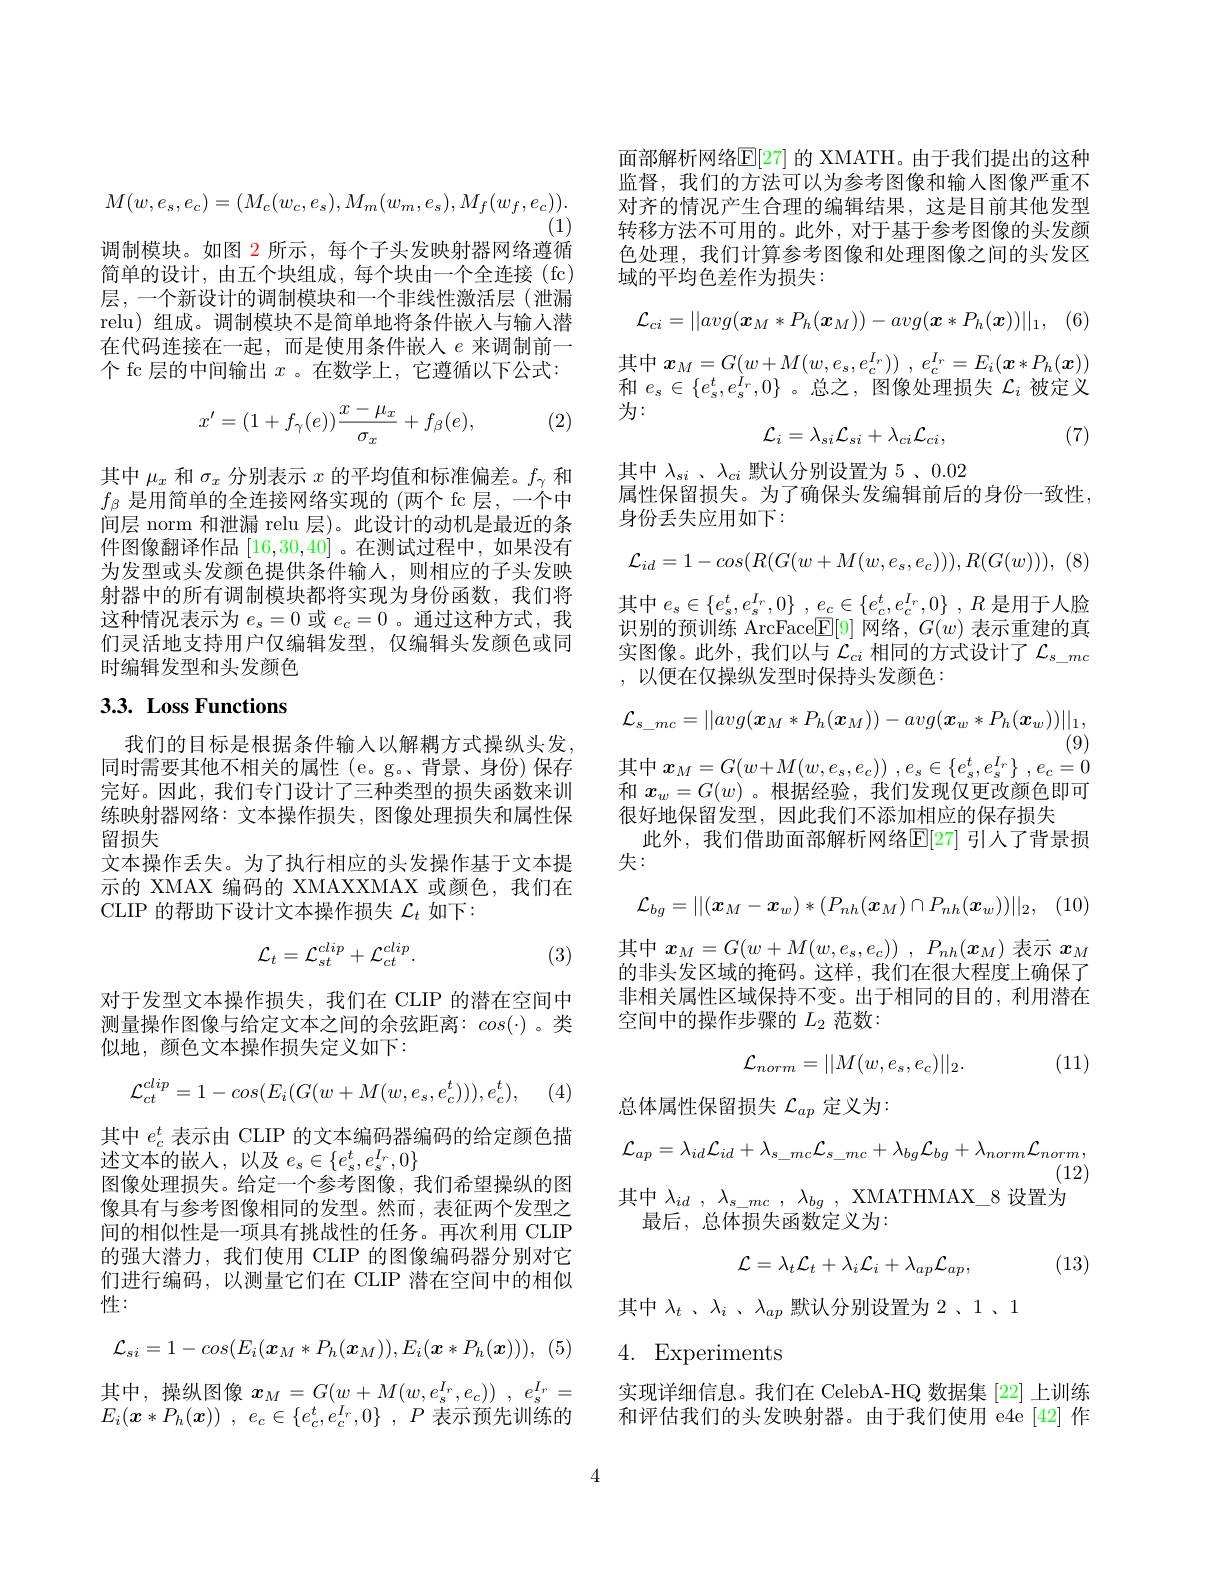
$$M(w,e_{s},e_{c})=(M_{c}(w_{c},e_{s}),M_{m}(w_{m},e_{s}),M_{f}(w_{f},e_{c})).$$
(1)
调制模块。如图$\color{red}2$所示，每个子头发映射器网络遵循

简单的设计，由五个块组成，每个块由一个全连接(fc) 层，一个新设计的调制模块和一个非线性激活层(泄漏relu) 组成。调制模块不是简单地将条件嵌人与输人潜在代码连接在一起，而是使用条件嵌人$e$来调制前一个 fc 层的中间输出$x$ 。在数学上，它遵循以下公式：

(2)
$$x'=(1+f_\gamma(e))\frac{x-\mu_x}{\sigma_x}+f_\beta(e),$$
其中$\mu_x$和$\sigma_x$分别表示$x$的平均值和标准偏差。$f_\gamma$和$f_\beta$是用简单的全连接网络实现的 (两个 fc 层，一个中间层 norm 和泄漏 relu 层)。此设计的动机是最近的条件图像翻译作品[16,30,40] 。在测试过程中，如果没有为发型或头发颜色提供条件输入，则相应的子头发映射器中的所有调制模块都将实现为身份函数，我们将这种情况表示为$e_s=0$或$e_c=0$ 。通过这种方式，我们灵活地支持用户仅编辑发型，仅编辑头发颜色或同时编辑发型和头发颜色

# 3.3. Loss Functions

我们的目标是根据条件输入以解耦方式操纵头发同时需要其他不相关的属性(e。g。、背景、身份)保存完好。因此，我们专门设计了三种类型的损失函数来训练映射器网络：文本操作损失，图像处理损失和属性保留损失
文本操作丢失。为了执行相应的头发操作基于文本提示的 XMAX 编码的 XMAXXMAX 或颜色，我们在CLIP 的帮助下设计文本操作损失$\mathcal{L}_t$如下：
$$\mathcal{L}_{t}=\mathcal{L}_{st}^{clip}+\mathcal{L}_{ct}^{clip}.$$
(3)

对于发型文本操作损失，我们在 CLIP 的潜在空间中测量操作图像与给定文本之间的余弦距离：$cos(\cdot)$。类似地，颜色文本操作损失定义如下：
$$\mathcal{L}_{ct}^{clip}=1-cos(E_{i}(G(w+M(w,e_{s},e_{c}^{t}))),e_{c}^{t}),$$
其中$e_c^t$表示由 CLIP 的文本编码器编码的给定颜色描
述文本的嵌人，以及$e_s\in\{e_s^t,e_s^{I_r},0\}$
图像处理损失。给定一个参考图像，我们希望操纵的图像具有与参考图像相同的发型。然而，表征两个发型之间的相似性是一项具有挑战性的任务。再次利用 CLIP 的强大潜力，我们使用 CLIP 的图像编码器分别对它们进行编码，以测量它们在 CLIP 潜在空间中的相似性：
$$\mathcal{L}_{si}=1-cos(E_i(\boldsymbol{x}_M*P_h(\boldsymbol{x}_M)),E_i(\boldsymbol{x}*P_h(\boldsymbol{x}))),$$
其中，操纵图像$\begin{array}{c}x_{M}=G(w+M(w,e_{s}^{I_{r}},e_{c}))\\\end{array},~e_{s}^{I_{r}}=$ $E_{i}( \boldsymbol{x}* P_{h}( \boldsymbol{x}) )$ , $e_{c}\in \{ e_{c}^{t}, \dot{e} _{c}^{I_{r}}, 0\}$ , $P$ 表示预先训练的

面部解析网络$\mathbb{E}[$27] 的 XMATH。由于我们提出的这种监督，我们的方法可以为参考图像和输入图像严重不对齐的情况产生合理的编辑结果，这是目前其他发型转移方法不可用的。此外，对于基于参考图像的头发颜色处理，我们计算参考图像和处理图像之间的头发区域的平均色差作为损失：
$$\mathcal{L}_{ci}=||avg(\boldsymbol{x}_M*P_h(\boldsymbol{x}_M))-avg(\boldsymbol{x}*P_h(\boldsymbol{x}))||_1,$$
其中$x_M= G( w+ M( w, e_{s}, e_{c}^{I_{r}}) )$ , $e_{c}^{I_{r}}= E_{i}( \boldsymbol{x}* P_{h}( \boldsymbol{x}) )$ 和$e_s\in\{e_s^t,e_s^{\grave{I}_r},0\}$ 。总之，图像处理损失$\mathcal{L}_i$被定义为：
$$\mathcal{L}_i=\lambda_{si}\mathcal{L}_{si}+\lambda_{ci}\mathcal{L}_{ci},$$
(7)

其中$\lambda_{si}$ 、$\lambda_{ci}$默认分别设置为 5 、0.02
属性保留损失。为了确保头发编辑前后的身份一致性，
身份丢失应用如下：
$$\mathcal{L}_{id}=1-cos(R(G(w+M(w,e_s,e_c))),R(G(w))),$$
其中$e_s\in \{ e_{s}^{t}, e_{s}^{I_{r}}, 0\}$ , $\underline {e_{c}}\in \{ e_{c}^{t}, e_{c}^{I_{r}}, 0\}$ , $R$ 是用于人脸识别的预训练 ArcFace$[\overline{\mathbb{E}}[9]$网络，$G(w)$表示重建的真实图像。此外，我们以与$\mathcal{L}_ci$相同的方式设计了$\mathcal{L}_s\_mc$ ,以便在仅操纵发型时保持头发颜色：
$$\mathcal{L}_{s_mc}=||avg(\boldsymbol{x}_M*P_h(\boldsymbol{x}_M))-avg(\boldsymbol{x}_w*P_h(\boldsymbol{x}_w))||_1,$$
(9)

其中$x_M= G( w+ M( w, e_{s}, e_{c}) )$ $, e_{s}\in \{ e_{s}^{t}, e_{s}^{I_{r}}\}$ $, e_{c}= 0$

和$x_w=G(w)$ 。根据经验，我们发现仅更改颜色即可
很好地保留发型，因此我们不添加相应的保存损失
此外，我们借助面部解析网络$\mathbb{E}[27]$ 引人了背景损
失：
$$\mathcal{L}_{bg}=||(\boldsymbol{x}_{M}-\boldsymbol{x}_{w})*(P_{nh}(\boldsymbol{x}_{M})\cap P_{nh}(\boldsymbol{x}_{w}))||_{2},$$
其中$x_M= G( w+ M( w, e_s, e_c) )$ , $P_{nh}( x_M)$表示$x_M$ 的非头发区域的掩码。这样，我们在很大程度上确保了非相关属性区域保持不变。出于相同的目的，利用潜在空间中的操作步骤的$L_2$范数：
$$\mathcal{L}_{norm}=||M(w,e_{s},e_{c})||_{2}.$$
(11)

总体属性保留损失$\mathcal{L}_ap$定义为：
$$\mathcal{L}_{ap}=\lambda_{id}\mathcal{L}_{id}+\lambda_{s_mc}\mathcal{L}_{s_mc}+\lambda_{bg}\mathcal{L}_{bg}+\lambda_{norm}\mathcal{L}_{norm},$$
(12)
其中$\lambda _{id}$ , $\lambda _{s\_ mc}$ , $\lambda _{bg}$ , XMATHMAX\_8 设置为

最后，总体损失函数定义为：
$$\mathcal L=\lambda_t\mathcal L_t+\lambda_i\mathcal L_i+\lambda_{ap}\mathcal L_{ap},$$
(13)

其中$\lambda _t$ $、 \lambda _i$ $、 \lambda _{ap}$默认分别设置为 2、1、1
4. Experiments

实现详细信息。我们在 CelebA-HQ 数据集 [22] 上训练和评估我们的头发映射器。由于我们使用 e4e[42] 作

4